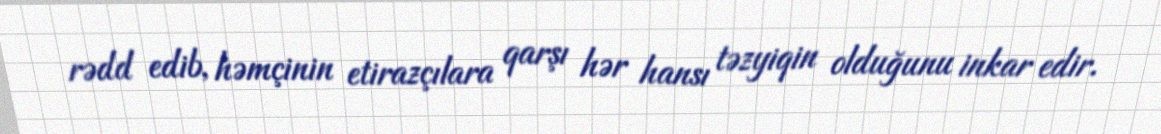
rədd edib, həmçinin etirazçılara qarşı hər hansı təzyiqin olduğunu inkar edir.